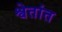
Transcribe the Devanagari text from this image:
श्वेतांत